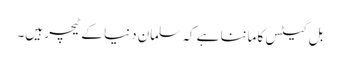
بل گیٹس کا ماننا ہے کہ سلمان دنیا کے ٹیچر ہیں۔